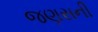
જણસની